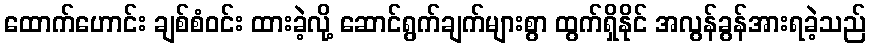
ထောက်ဟောင်း ချစ်စံဝင်း ထားခဲ့လို့ ဆောင်ရွက်ချက်များစွာ ထွက်ရှိနိုင် အလွန်ခွန်အားရခဲ့သည်